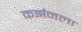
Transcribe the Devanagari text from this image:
कर्झनला